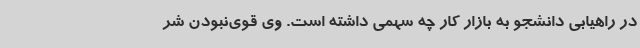
در راهیابی دانشجو به بازار کار چه سهمی داشته است. وی قوی‌نبودن شر